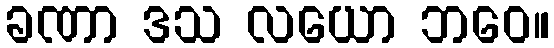
ခဏာ ဒသ လယော ဘဝေ။